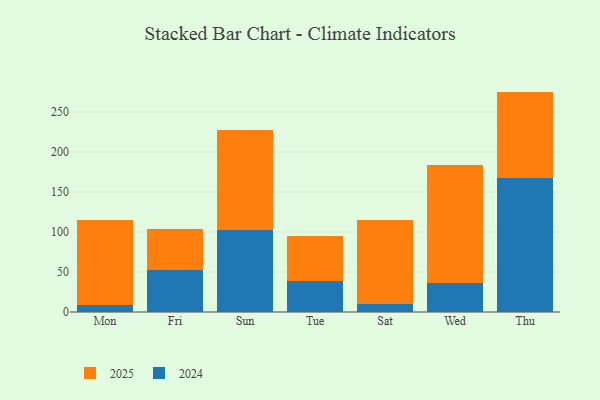
{"axis": {"x": "Day", "y": "Population (Million)"}, "legend": ["2024", "2025"], "data": [{"x": "Mon", "y": 105.9, "type": "2025"}, {"x": "Mon", "y": 9.3, "type": "2024"}, {"x": "Fri", "y": 51.8, "type": "2025"}, {"x": "Fri", "y": 52.6, "type": "2024"}, {"x": "Sun", "y": 124.5, "type": "2025"}, {"x": "Sun", "y": 103.0, "type": "2024"}, {"x": "Tue", "y": 56.5, "type": "2025"}, {"x": "Tue", "y": 38.5, "type": "2024"}, {"x": "Sat", "y": 105.1, "type": "2025"}, {"x": "Sat", "y": 10.3, "type": "2024"}, {"x": "Wed", "y": 147.5, "type": "2025"}, {"x": "Wed", "y": 36.3, "type": "2024"}, {"x": "Thu", "y": 108.5, "type": "2025"}, {"x": "Thu", "y": 167.1, "type": "2024"}]}